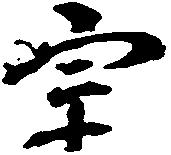
宗